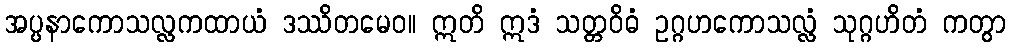
အပ္ပနာကောသလ္လကထာယံ ဒဿိတမေဝ။ ဣတိ ဣဒံ သတ္တဝိဓံ ဥဂ္ဂဟကောသလ္လံ သုဂ္ဂဟိတံ ကတွာ